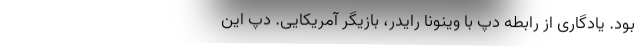
بود. یادگاری از رابطه دپ با وینونا رایدر، بازیگر آمریکایی. دپ این